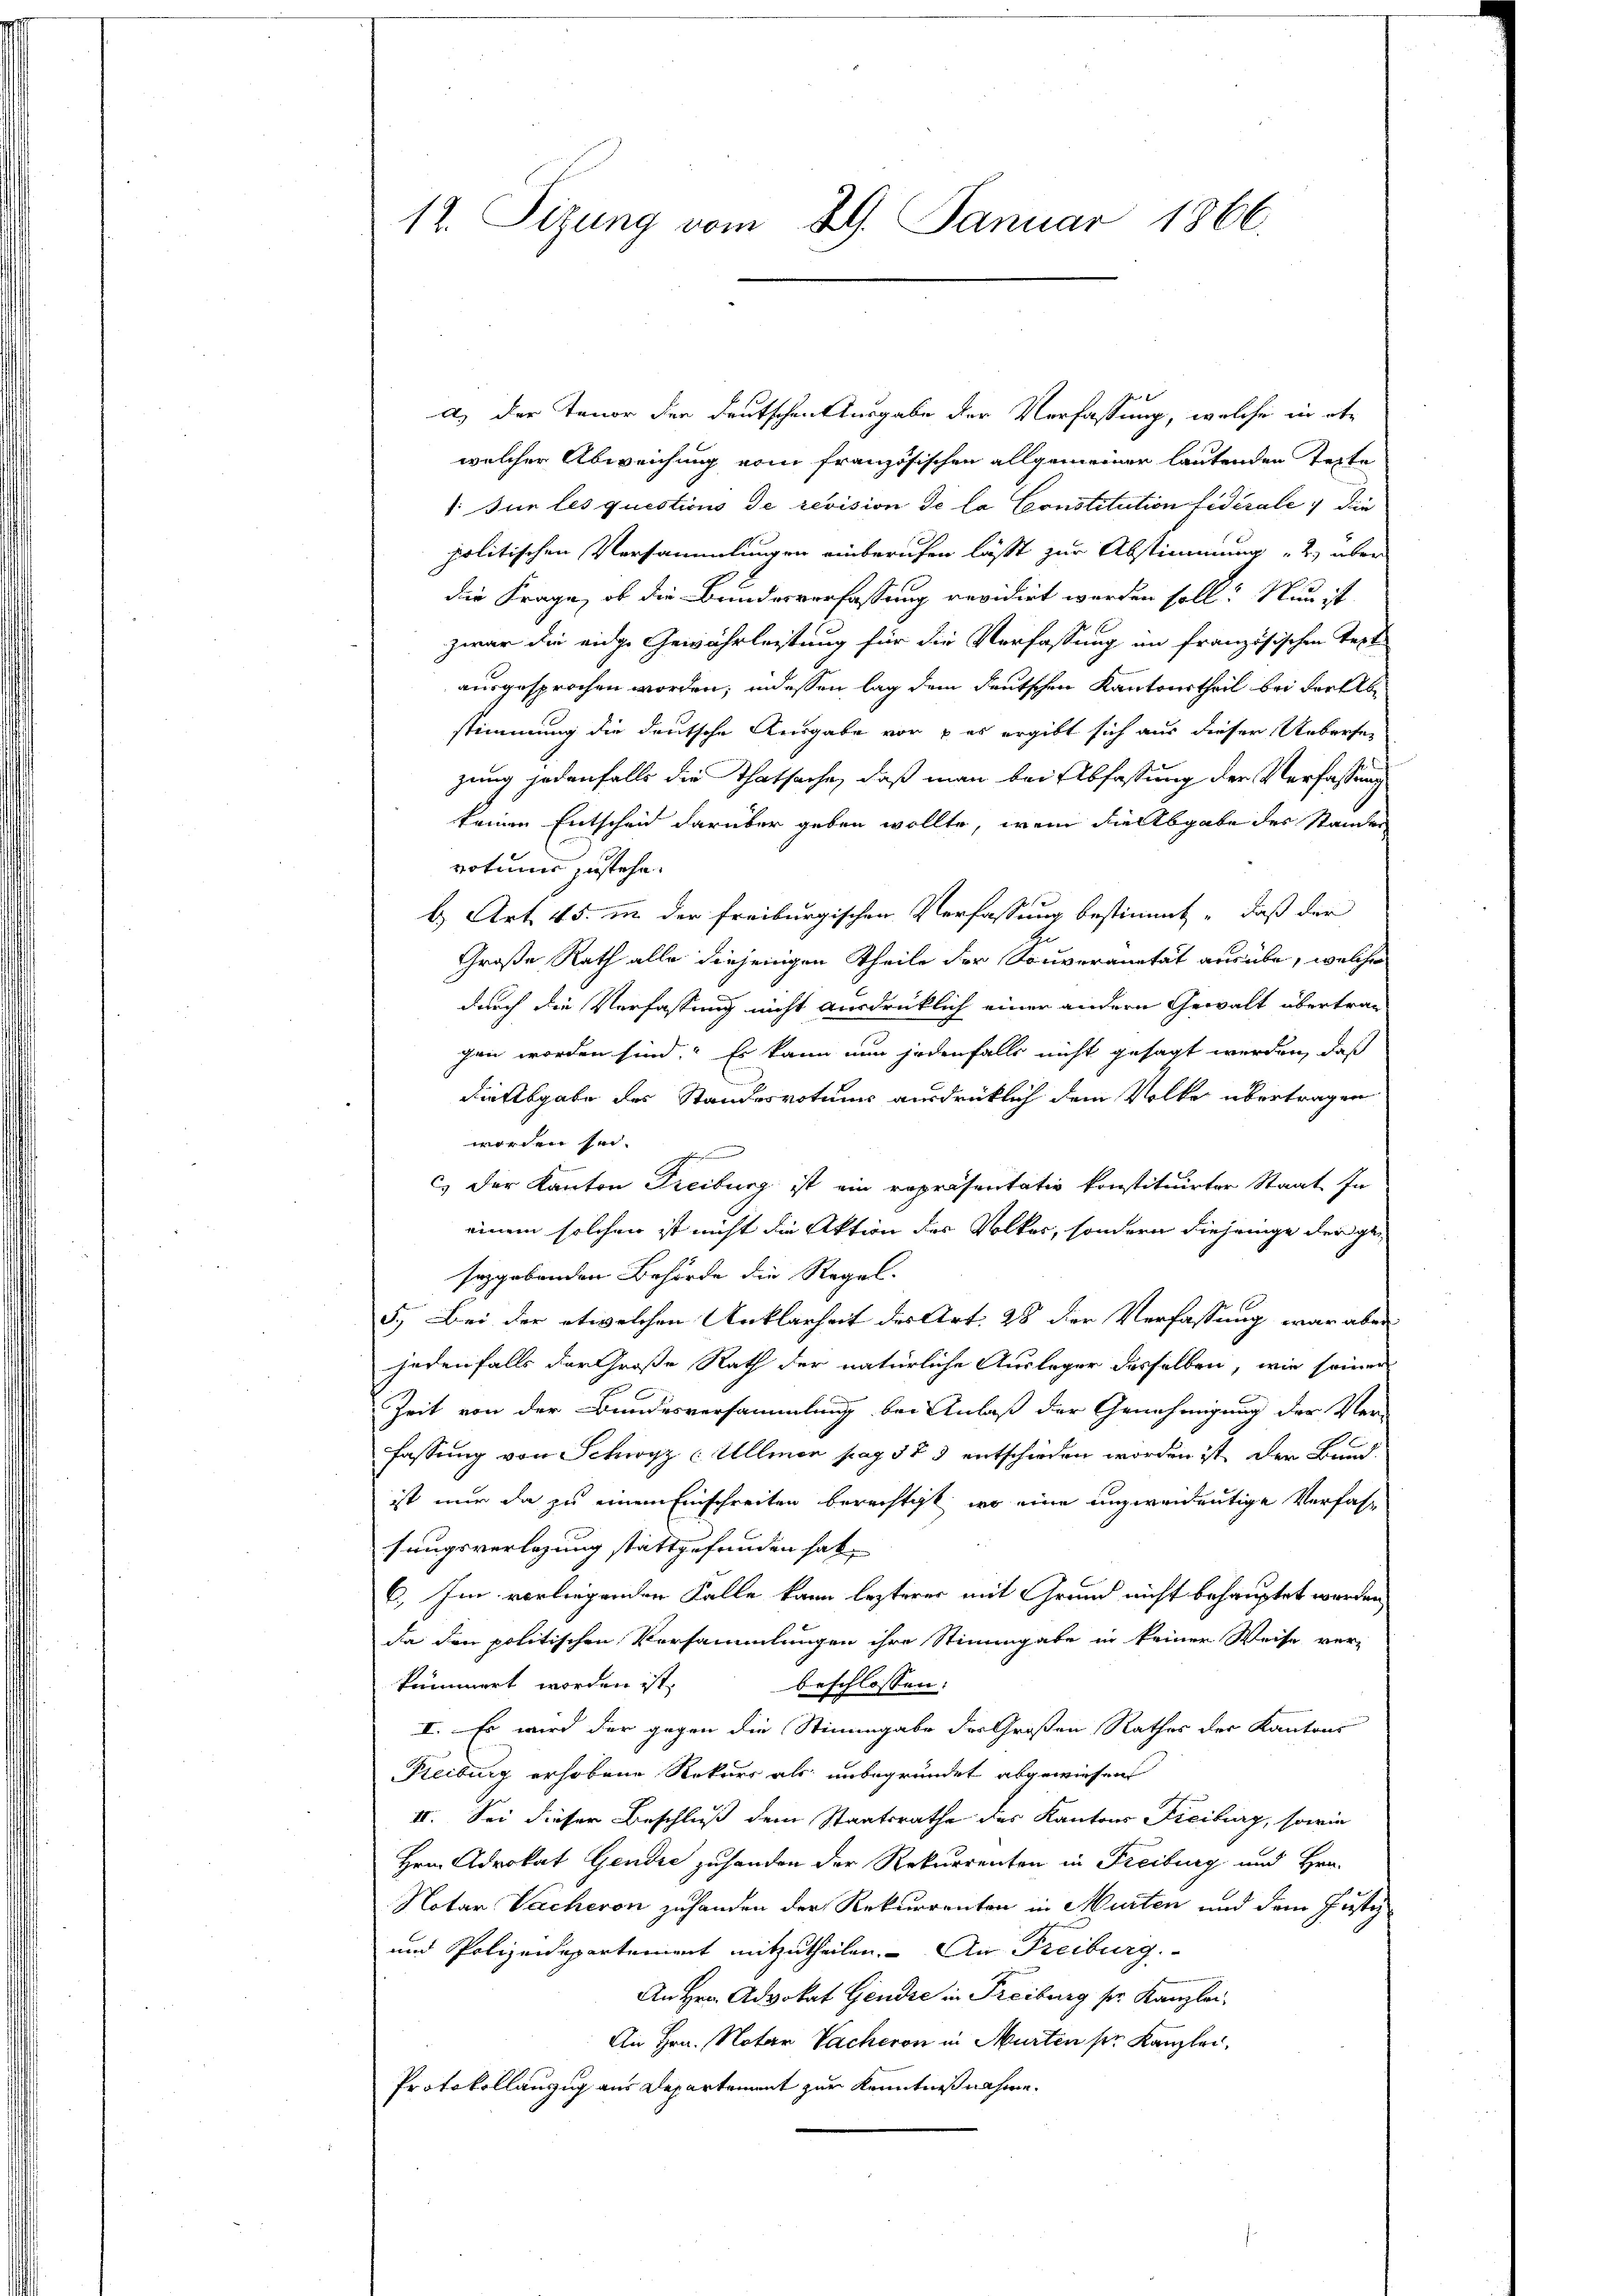
12. Sitzung vom 29. Januar 1866.

a) der Tenor der Deutschentergabe der Verfassung, welche in abe
welcher Abweichung vom französischen allgemeiner lautenden Texte
1: Für les questions de revision de la Constitution fidérale die
politischen Versammlungen einberufen läßt zur Abstimmung „2) über
die Frage, ob die Bundesverfassung revidirt werden soll? Nun ist
zwar die eidge Gewährleistung für die Verfassung im französischen Text
ausgesprochen worden; indessen lag dem deutschen Kantonstheil bei der eb
stimmung die deutsche Ausgabe vor & es ergibt sich aus dieser Uebersezung jedenfalls die Thatsache, daß man bei Abfassung der Verfassung
keinen Entscheid darüber geben wollte, wenn die Abgabe des Standen
votum zustehe.
b. Art. 45. in der freiburgischen Verfassung bestimmt daß der
Große Rath alle diejenigen Theile der Souveranität ausübe, welche
durch die Verfassung nicht ausdrüklich einer andern Gewalt übertrag
gen worden sind. Es kann nun jedenfalls nicht gesagt werden, daß
diessgabe des Standesvotum ausdrücklich dem Volke übertragen
worden sei.
c) der Kanton Freiburg ist ein repräsentativ konstituirter Staat In
einem solchen ist nicht die Aktion des Volkes, sondern diejenige der geseggebenden Behörde die Regel-
5.) Bei der etwelchen Anklarheit des Art. 28 der Verfassung war aber
jedenfalls der Große Rath der natürliche Auslager desselben, wie seiner
Zeit von der Bundesversammlung bei Anlaß der Genehmigung der Ver-
fassung von Schwyz Ullmer pag. 583 entschieden worden ist, der Bund
ist nur da zu einem Einschreiten berechtigt, wo eine unzweideutige Verfas
sungsverlegung stattgefunden hab
6. Im vorliegenden Falle kann lezterer mit Grund nicht behauptet werden,
da den politischen Versammlungen ihre Stimmgabe in keiner Weise ver-
kommert worden ist,
beschlossen:
I. Es wird der gegen die Stimmgabe des Großen Rathes der Kantons
Reiburg erhobene Rekurs als unbegründet abgewiesen
II. Sei dieser Beschluß dem Staatsrathe des Kantons Freiburg, sowie
Hrn. Advokat Gendie zuhanden der Rekurrenten in Freiburg und Hrn.
Notar Vacheren zuhanden der Rekurrenten in Murten und dem Justiz
und Polizeidepartement mitzutheilen. An Freiburg
An Hrn. Advokat Gendre in Freiburg sr. Kanzlei,
An Hrn. Notar Sacheron in Murten sie Kanzlei.
Protokollanzug aus Departement zur Kenntnißnahme.